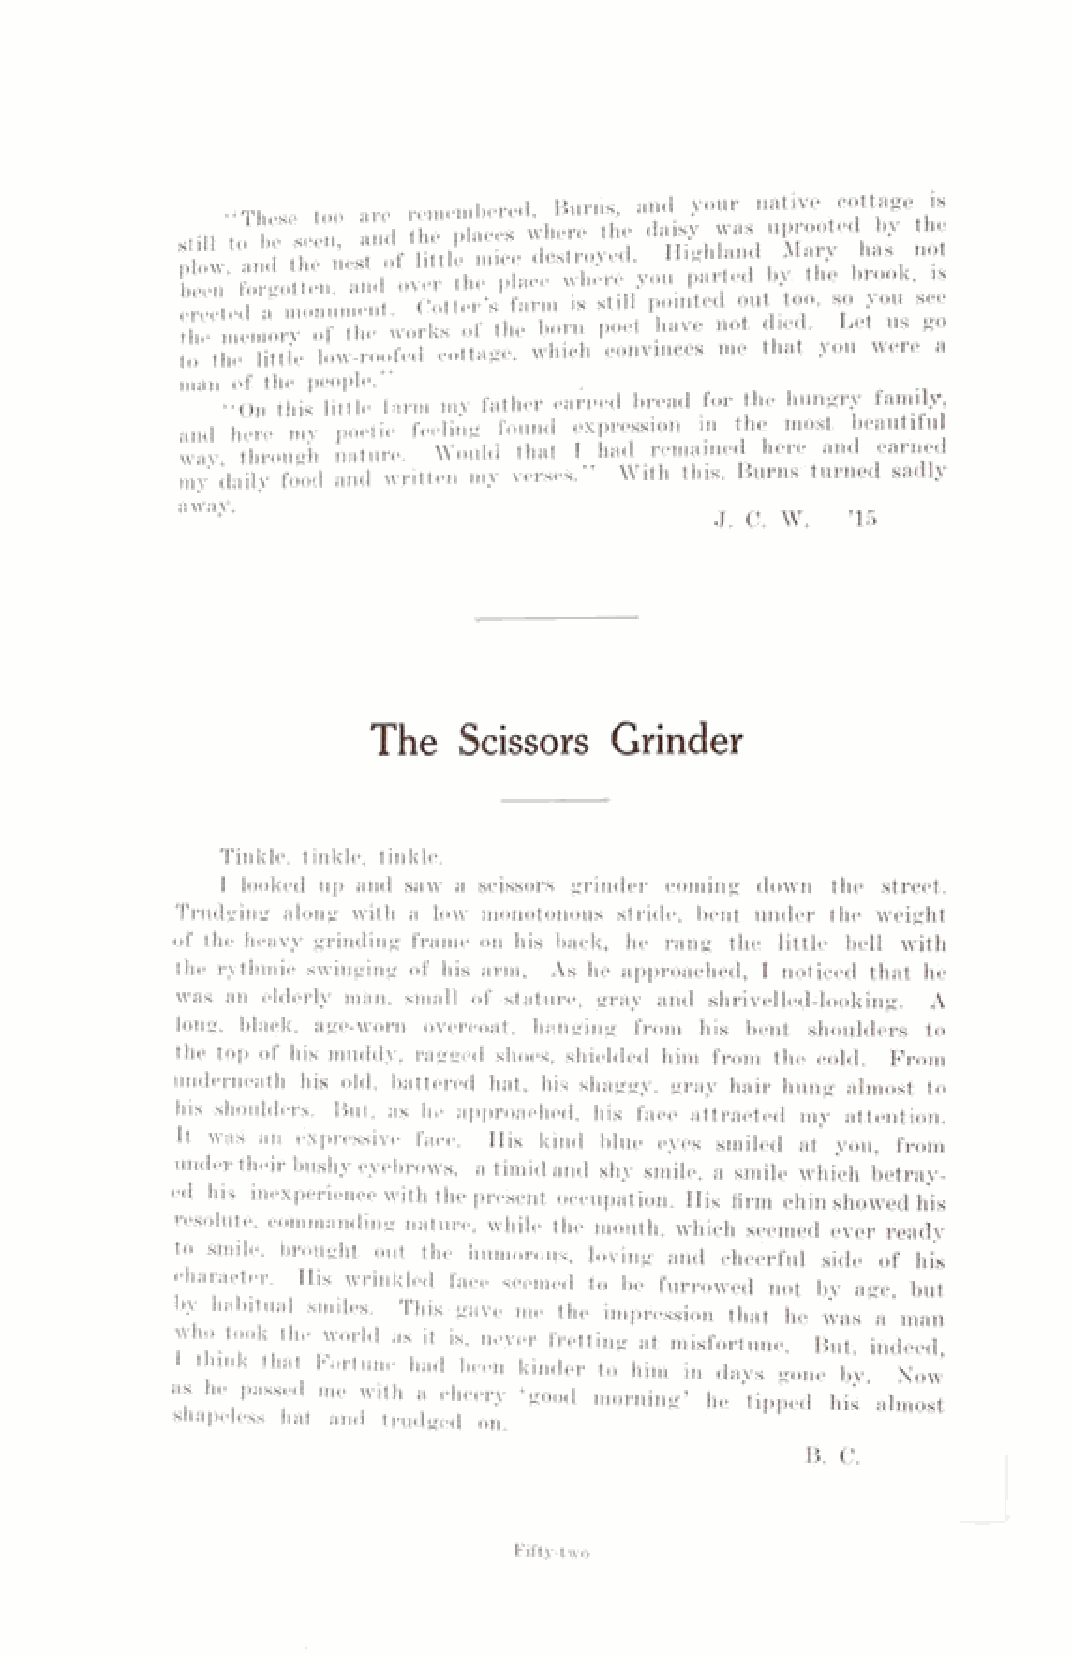
“These too are remembered, Burns, and your native cottage is
 still to be seen, and the places where the daisy was uprooted by the
 plow and the nest of little mice destroyed. Highland Mary has no
 been’ forgotten, and over the place where you parted by the brook,
 erected a monument. Cotter’s farm is still pointed out too, so you see
 the memory of the works of the born poet have not died. Let us go
 to the little low-roofed cottage, which convinces me that you were a
 man of the people.’       .           _ ,     „  ..
 “On this little farm my father earned bread for the hungry family,
 and here my poetic feeling found expression in the most beautiful
 way through nature. Would that I had remained here and earned
 my daily food and written my verses.” With this, Burns turned sadly
 away.
 The  Scissors  Grinder
 Tinkle, tinkle, tinkle.
 I looked up and saw a scissors grinder coining down the street.
 Trudging along with a low monotonous stride, bent under the weight
 of the heavy grinding frame on his back, he rang the little bell with
 the rythmic swinging of his arm, As he approached, I noticed that he
 was an elderly man, small of stature, gray and shrivelled-looking. A
 long, black, age-worn overcoat, hanging from his bent shoulders to
 the top of his muddy, ragged shoes, shielded him from the cold. Prom
 underneath his old, battered hat, his shaggy, gray hair hung almost to
 his shoulders. But, as he approached, his face attracted my attention.
 It was an expressive face. His kind blue eyes smiled at you, from
 under their bushy eyebrows, a timid and shy smile, a smile which betray­
 ed his inexperience with the present occupation. His firm chin showed his
 resolute, commanding nature, while the mouth, which seemed ever ready
 to smile, brought out the humorous, loving and cheerful side of his
 character. His wrinkled face seemed to be furrowed not by age, but
 by habitual smiles. This gave me the impression that he was a’man
 who took the world as it is, never fretting at misfortune. But, indeed
 think that Fortune had been kinder to him in days gone by Now
 as he passed me with a cheery ‘good morning’ he tipped his almost
 shapeless hat and trudged on.
 B. C.
 Fifty-two